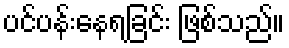
ပင်ပန်းနေရခြင်း ဖြစ်သည်။